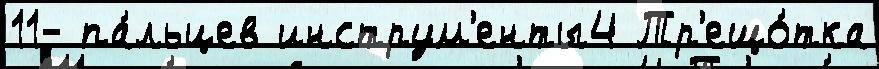
11- па́льцев инструм'енты4 Тр'ещо́тка